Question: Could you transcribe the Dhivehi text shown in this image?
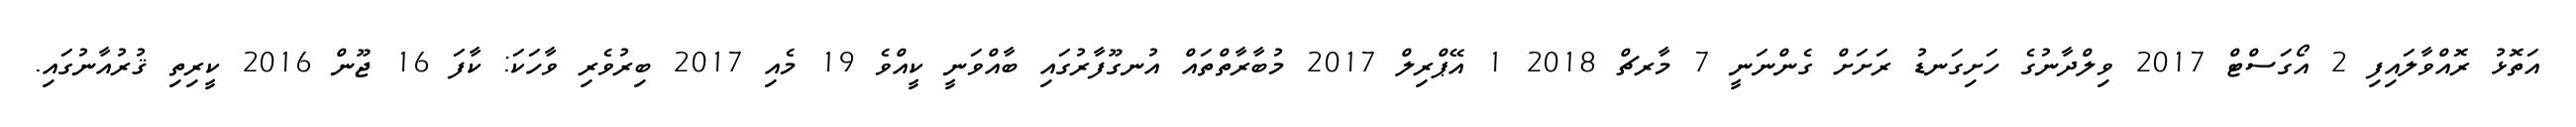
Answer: އަތޮޅު ރޮއްވާލައިފި 2 އޯގަސްޓް 2017 ވިލްދާނުގެ ހަށިގަނޑު ރަށަށް ގެންނަނީ 7 މާރޗް 2018 1 އޭޕްރިލް 2017 މުބާރާތްތައް އުނގޫފާރުގައި ބާއްވަނީ ކީއްވެ 19 މެއި 2017 ބިރުވެރި ވާހަކަ: ކާފަ 16 ޖޫން 2016 ކީރިތި ޤުރުއާނުގައި.